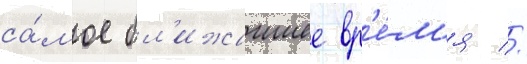
са́мое бл'ижаишее вр'е́м'я //